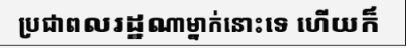
ប្រជាពលរដ្ឋណាម្នាក់នោះទេ ហើយក៏